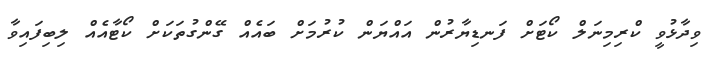
ވިދާޅުވީ ކްރިމިނަލް ކޯޓަށް ފަނޑިޔާރުން އައްޔަން ކުރުމަށް ބައެއް ގޭންގުތަކަށް ކޯޓާއެއް ލިބިފައިވާ